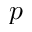
p